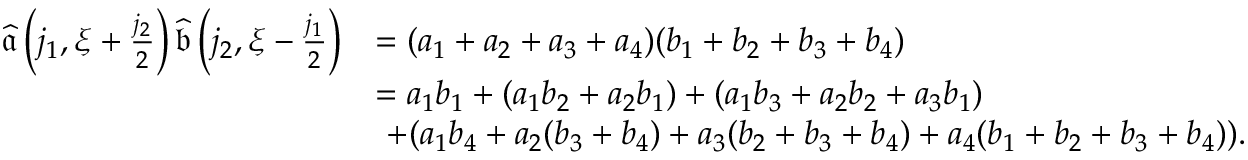
\begin{array} { r l } { \widehat { \mathfrak { a } } \left( j _ { 1 } , \xi + \frac { j _ { 2 } } 2 \right) \widehat { \mathfrak { b } } \left( j _ { 2 } , \xi - \frac { j _ { 1 } } 2 \right) } & { = ( a _ { 1 } + a _ { 2 } + a _ { 3 } + a _ { 4 } ) ( b _ { 1 } + b _ { 2 } + b _ { 3 } + b _ { 4 } ) } \\ & { = a _ { 1 } b _ { 1 } + ( a _ { 1 } b _ { 2 } + a _ { 2 } b _ { 1 } ) + ( a _ { 1 } b _ { 3 } + a _ { 2 } b _ { 2 } + a _ { 3 } b _ { 1 } ) } \\ & { \ + ( a _ { 1 } b _ { 4 } + a _ { 2 } ( b _ { 3 } + b _ { 4 } ) + a _ { 3 } ( b _ { 2 } + b _ { 3 } + b _ { 4 } ) + a _ { 4 } ( b _ { 1 } + b _ { 2 } + b _ { 3 } + b _ { 4 } ) ) . } \end{array}